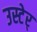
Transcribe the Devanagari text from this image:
उस्टेर्